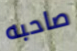
صاحبه